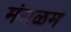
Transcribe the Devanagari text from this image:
मंगळम